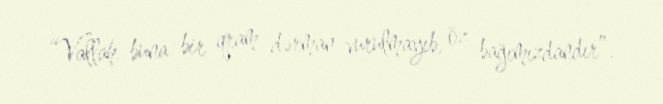
“Vallah, buna bir qram dərman vurulmayıb, öz bağımızdandır”.